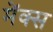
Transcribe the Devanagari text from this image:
मेंक्स